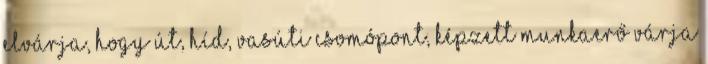
elvárja, hogy út, híd, vasúti csomópont, képzett munkaerő várja